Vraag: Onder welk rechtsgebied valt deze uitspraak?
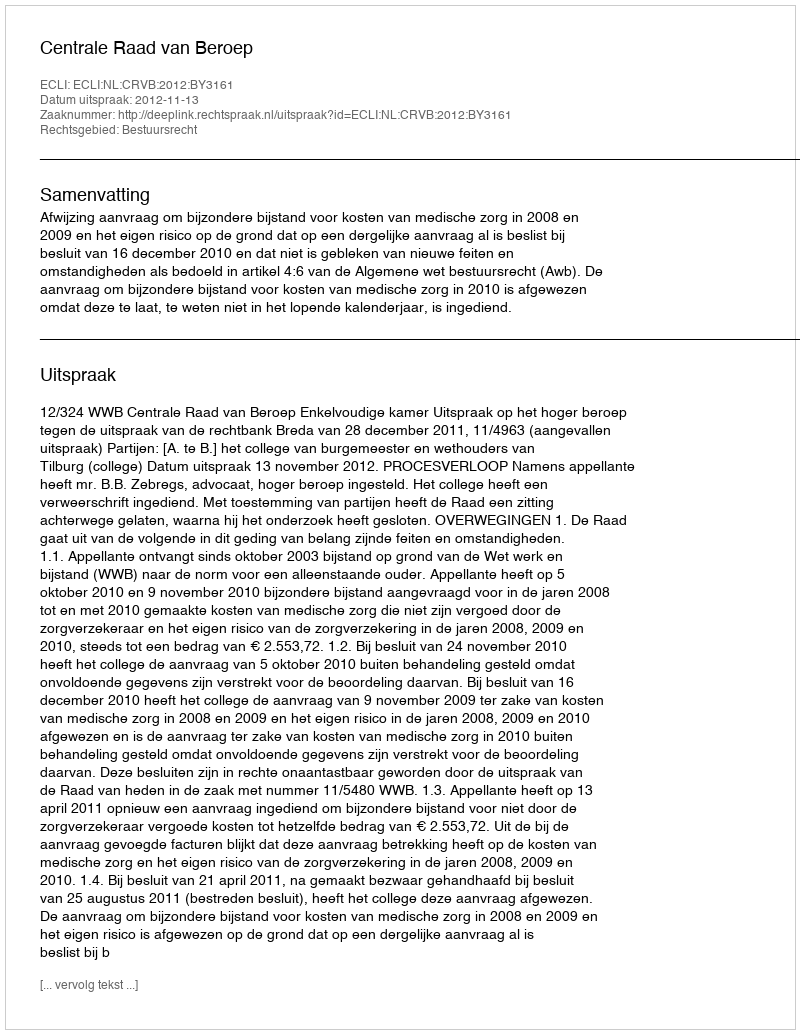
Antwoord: Bestuursrecht